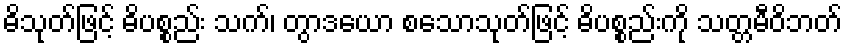
ဓိသုတ်ဖြင့် ဓိပစ္စည်း သက်၊ တွာဒယော စသောသုတ်ဖြင့် ဓိပစ္စည်းကို သတ္တမီဝိဘတ်